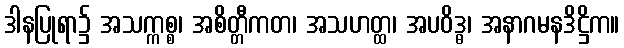
ဒါနပြုရာ၌ အသက္ကစ္စ၊ အစိတ္တီကတ၊ အသဟတ္ထ၊ အပဝိဒ္ဓ၊ အနာဂမနဒိဋ္ဌိက။